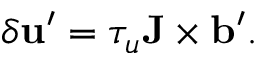
\delta { \bf { u } } ^ { \prime } = \tau _ { u } { \bf { J } } \times { \bf { b } } ^ { \prime } .